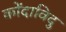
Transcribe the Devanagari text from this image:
कोंदाविदु